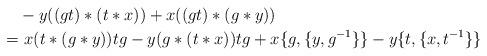
LaTeX: \begin{align*}&-y((gt)*(t*x))+x((gt)*(g*y))\\=&\,\,x(t*(g*y))tg- y(g*(t*x))tg+x\{g, \{y, g^{-1}\}\}- y\{t, \{x, t^{-1}\}\}\end{align*}